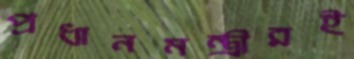
প্রধানমন্ত্রীরই